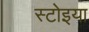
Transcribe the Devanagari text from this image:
स्टोइया